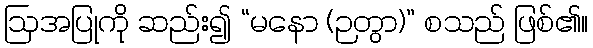
ဩအပြုကို ဆည်း၍ “မနော (ဉတွာ)” စသည် ဖြစ်၏။